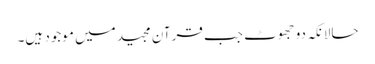
حالانکہ دو جھوٹ جب قرآن مجید میں موجود ہیں۔